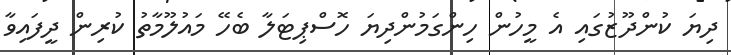
ދިޔަ ކުންދޫޒުގައި އެ މީހުން ހިންގަމުންދިޔަ ހޮސްޕިޓަލާ ބެހޭ މައުލޫމާތު ކުރިން ދީފައިވާ